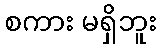
စကား မရှိဘူး